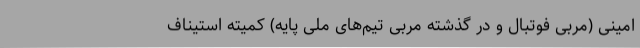
امینی (مربی فوتبال و در گذشته مربی تیم‌های ملی پایه) کمیته استیناف